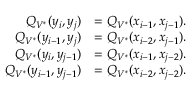
\begin{array} { r l } { Q _ { V ^ { * } } ( y _ { i } , y _ { j } ) } & { = Q _ { V ^ { * } } ( x _ { i - 1 } , x _ { j - 1 } ) . } \\ { Q _ { V ^ { * } } ( y _ { i - 1 } , y _ { j } ) } & { = Q _ { V ^ { * } } ( x _ { i - 2 } , x _ { j - 1 } ) . } \\ { Q _ { V ^ { * } } ( y _ { i } , y _ { j - 1 } ) } & { = Q _ { V ^ { * } } ( x _ { i - 1 } , x _ { j - 2 } ) . } \\ { Q _ { V ^ { * } } ( y _ { i - 1 } , y _ { j - 1 } ) } & { = Q _ { V ^ { * } } ( x _ { i - 2 } , x _ { j - 2 } ) . } \end{array}